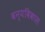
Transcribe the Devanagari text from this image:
वन्यविकास